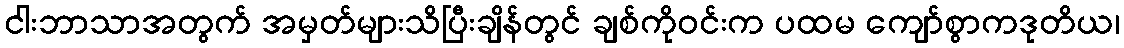
ငါးဘာသာအတွက် အမှတ်များသိပြီးချိန်တွင် ချစ်ကိုဝင်းက ပထမ ကျော်စွာကဒုတိယ၊